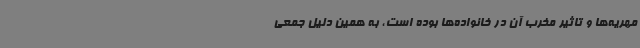
مهریه‌ها و تاثیر مخرب آن در خانواده‌ها بوده است، به همین دلیل جمعی